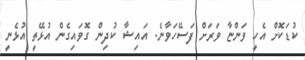
ކުޑަކޮށް އެހީ ވަންޏާ ވަރަށް ފަސޭހަވާނެ. އައިޝާ ކުދިން ގޮވައިގެން އުޅޭތީ އުޅެނީ